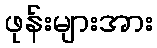
ဖုန်းများအား